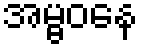
အမ္ဗဝနေ